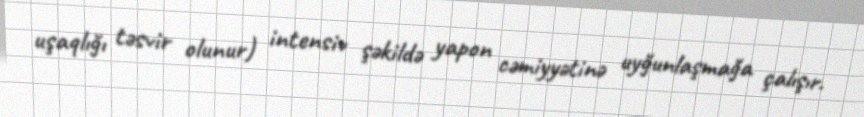
uşaqlığı təsvir olunur) intensiv şəkildə yapon cəmiyyətinə uyğunlaşmağa çalışır.